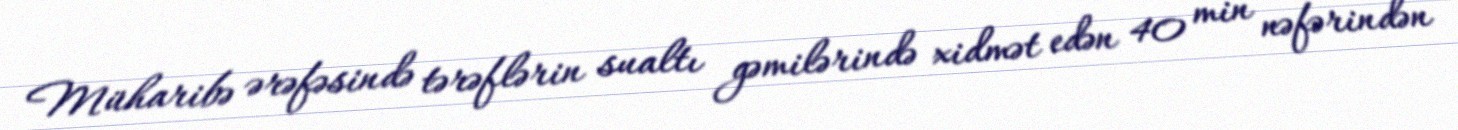
Müharibə ərəfəsində tərəflərin sualtı gəmilərində xidmət edən 40 min nəfərindən